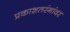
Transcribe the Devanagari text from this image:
प्रकाशतरंगांवर